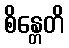
စိန္တေတိ